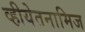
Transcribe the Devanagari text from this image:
व्हीयेतनामिज